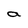
Character: a